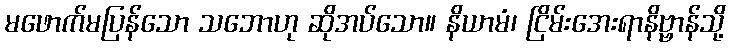
မဖောက်မပြန်သော သဘောဟု ဆိုအပ်သော။ နိယာမံ၊ ငြိမ်းအေးရာနိဗ္ဗာန်သို့